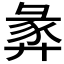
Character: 𢍝